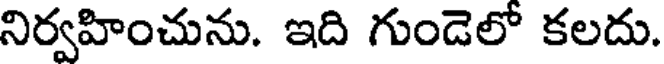
నిర్వహించును. ఇది గుండెలో కలదు.